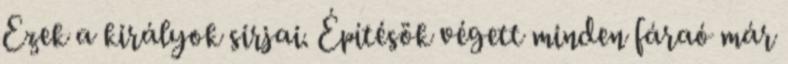
Ezek a királyok sirjai. Építésök végett minden fáraó már